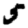
Digit: 5